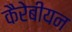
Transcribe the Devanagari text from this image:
कैरेबीयन